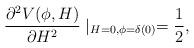
LaTeX: \begin{align*} \frac{\partial^2 V(\phi,H)}{\partial H^2}\mid_{H=0,\phi=\delta(0)} = \frac{1}{2},\end{align*}